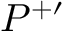
P ^ { + \prime }